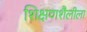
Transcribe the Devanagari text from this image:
शिक्षणशैलीला